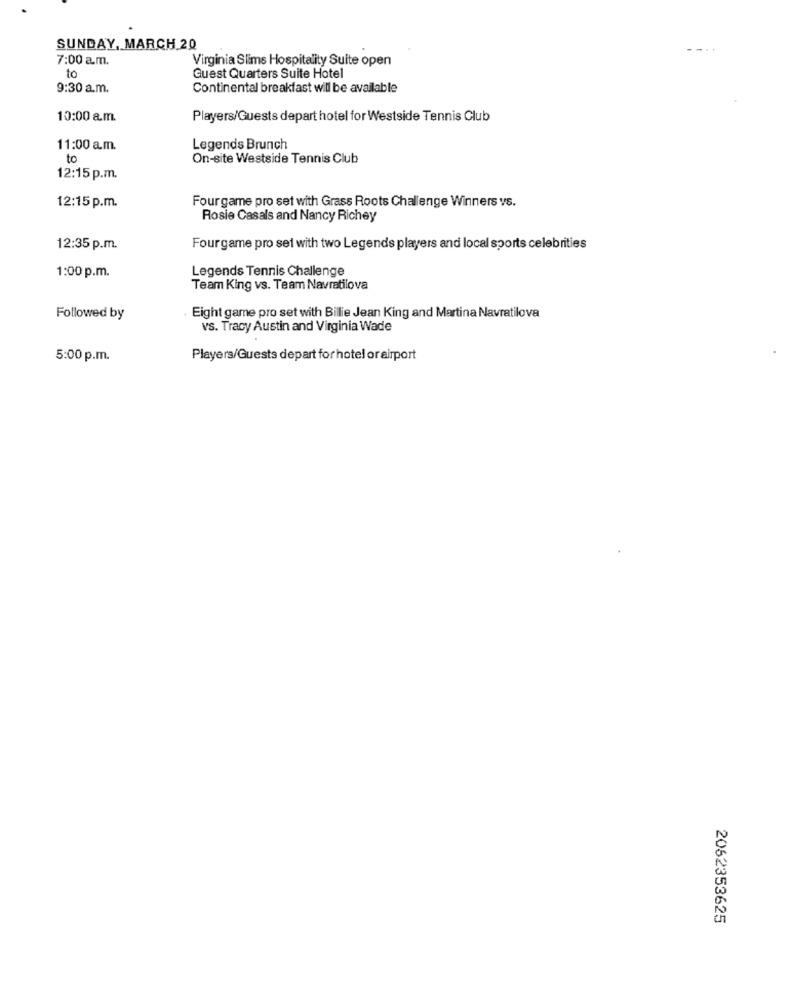
SUNDAY, MARCH 20
7:00 am.
Virginia Slims Hospitality Suite open
to
Guest Quarters Suite Hotel
9:30 a.m.
Continental breakfast will be available
10:00 am.
Players/Guests depart hotel for Westside Tennis Club
11:00 a.m.
Legends Brunch
to
On-site Westside Tennis Club
12:15 p.m.
Fourgame pro set with Grass Roots Challenge Winners vs.
12:15 p.m.
Rosie Casals and Nancy Richey
12:35 p.m.
Fourgame pro set with two Legends players and local sports celebrities
Legends Tennis Challenge
1:00 p.m.
Team King vs. Team Navratilova
Followed by
Eight game pro set with Billie Jean King and Martina Navratilova
vs. Tracy Austin and Virginia Wade
5:00 p.m.
Players/Guests depart for hotel or airport
2062353625